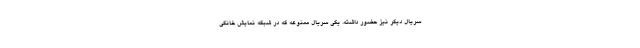
سریال دیگر نیز حضور داشته. یکی سریال ممنوعه که در شبکه نمایش خانگی